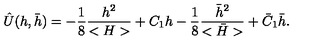
\hat { U } ( h , \bar { h } ) = - { \frac { 1 } { 8 } } { \frac { h ^ { 2 } } { < H > } } + C _ { 1 } h - { \frac { 1 } { 8 } } { \frac { \bar { h } ^ { 2 } } { < \bar { H } > } } + \bar { C } _ { 1 } \bar { h } .